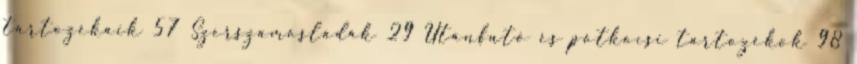
tartozékaik 57 Szerszámosládák 29 Utánfutó és pótkocsi tartozékok 98